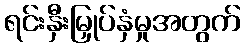
ရင်းနှီးမြှုပ်နှံမှုအတွက်